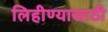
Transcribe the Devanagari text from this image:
लिहीण्यासाठी